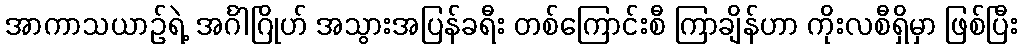
အာကာသယာဉ်ရဲ့ အင်္ဂါဂြိုဟ် အသွားအပြန်ခရီး တစ်ကြောင်းစီ ကြာချိန်ဟာ ကိုးလစီရှိမှာ ဖြစ်ပြီး